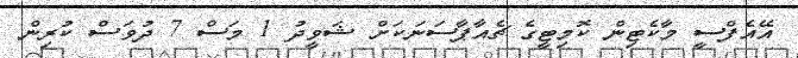
އޭއެފްސީ މާކެޓިން ކޮމިޓީގެ ޗެއާޕާސަނަކަށް ޝަވީދު 1 މަސް 7 ދުވަސް ކުރިން